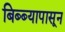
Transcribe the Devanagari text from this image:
बिब्ब्यापासून